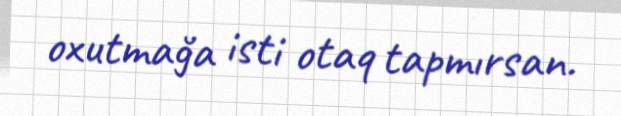
oxutmağa isti otaq tapmırsan.